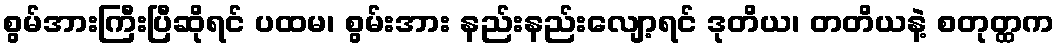
စွမ်အားကြီးပြီဆိုရင် ပထမ၊ စွမ်းအား နည်းနည်းလျော့ရင် ဒုတိယ၊ တတိယနဲ့ စတုတ္ထက